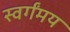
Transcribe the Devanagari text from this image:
स्वर्गंमय